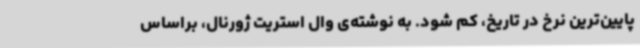
پایین‌ترین نرخ در تاریخ، کم شود. به نوشته‌ی وال استریت ژورنال، براساس